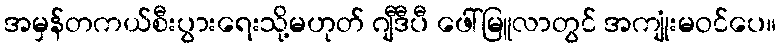
အမှန်တကယ်စီးပွားရေးသို့မဟုတ် ဂျီဒီပီ ဖေါ်မြူလာတွင် အကျုံးမဝင်ပေ။